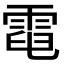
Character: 𩃓